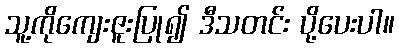
သူ့ကိုကျေးဇူးပြု၍ ဒီသတင်း ပို့ပေးပါ။